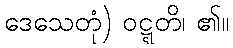
ဒေသေတုံ) ဝဋ္ဋတိ၊ ၏။